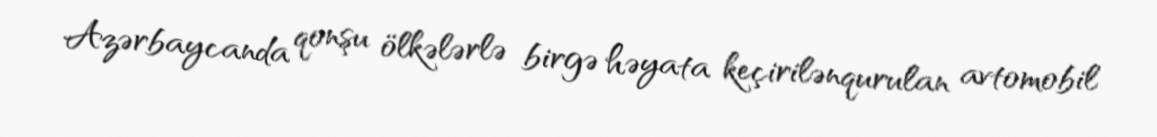
Azərbaycanda qonşu ölkələrlə birgə həyata keçirilənqurulan avtomobil